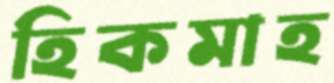
হিকমাহ